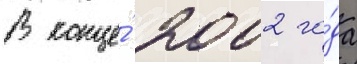
В конце́ 2002 го́да